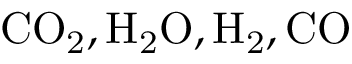
\mathrm { C O _ { 2 } } , \mathrm { H _ { 2 } O } , \mathrm { H _ { 2 } } , \mathrm { C O }